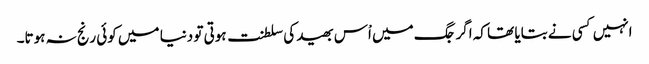
انہیں کسی نے بتایا تھا کہ اگر جگ میں اْس بھید کی سلطنت ہوتی تو دنیا میں کوئی رنج نہ ہوتا۔